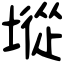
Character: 㙡